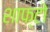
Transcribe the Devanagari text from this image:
शाफ्टो